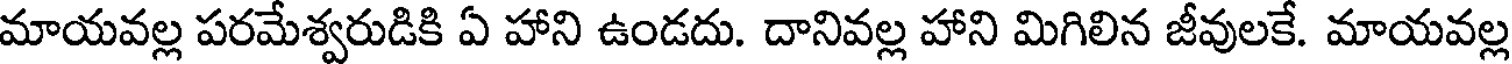
మాయవల్ల పరమేశ్వరుడికి ఏ హాని ఉండదు. దానివల్ల హాని మిగిలిన జీవులకే. మాయవల్ల